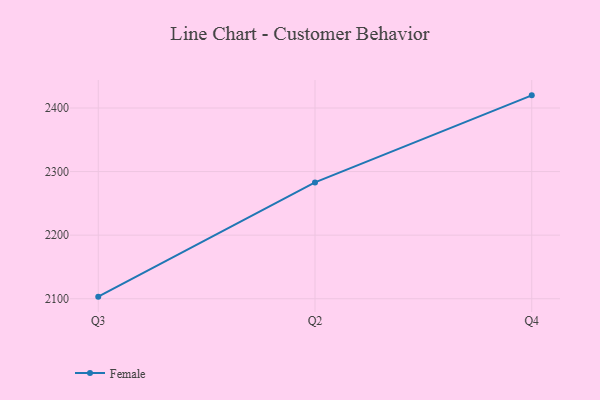
{"axis": {"x": "Quarter", "y": "Active Users"}, "legend": ["Female"], "data": [{"x": "Q3", "y": 2103.3, "type": "Female"}, {"x": "Q2", "y": 2283.0, "type": "Female"}, {"x": "Q4", "y": 2419.9, "type": "Female"}]}